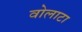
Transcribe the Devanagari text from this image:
वोलाटा